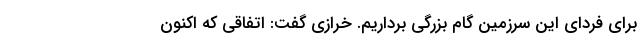
برای فردای این سرزمین گام بزرگی برداریم. خرازی گفت: اتفاقی که اکنون